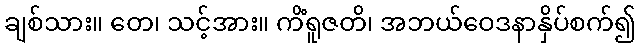
ချစ်သား။ တေ၊ သင့်အား။ ကိံရူဇတိ၊ အဘယ်ဝေဒနာနှိပ်စက်၍